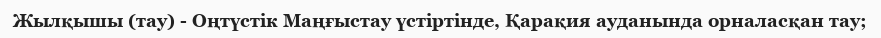
Жылқышы (тау) - Оңтүстік Маңғыстау үстіртінде, Қарақия ауданында орналасқан тау;